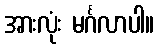
အားလုံး မင်္ဂလာပါ။